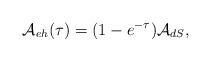
LaTeX: \begin{align*}{\cal A}_{eh}(\tau) = (1 - e^{-\tau}) {\cal A}_{dS} ,\end{align*}